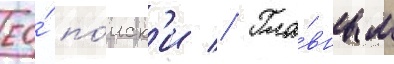
ео́ по́иск'и // Гла́вным